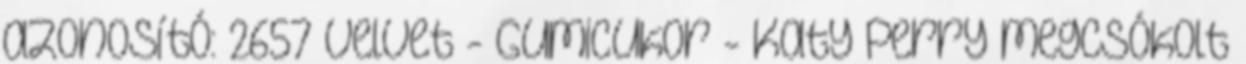
azonosító: 2657 Velvet - Gumicukor - Katy Perry megcsókolt